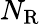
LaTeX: N_{\mathrm{R}}